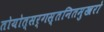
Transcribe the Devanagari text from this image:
तोयोत्सर्गस्तनितमुखरो